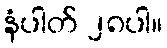
နံပါတ် ၂၈ပါ။